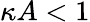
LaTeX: \kappa A<1